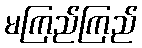
မကြည်ကြည်